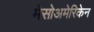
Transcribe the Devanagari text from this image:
मेसोअमेरिकेन